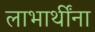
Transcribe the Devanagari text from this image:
लाभार्थींना